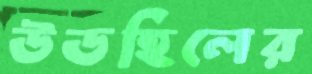
উডহিলের